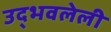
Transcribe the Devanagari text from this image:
उद्भवलेली